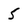
Character: 5